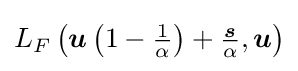
{\textstyle L_{F}\left({\boldsymbol {u}}\left(1-{\frac {1}{\alpha }}\right)+{\frac {\boldsymbol {s}}{\alpha }},{\boldsymbol {u}}\right)}